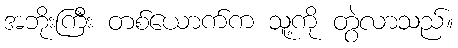
အဘိုးကြီး တစ်ယောက်က သူ့ကို တွဲလာသည်။